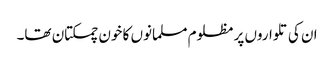
ان کی تلواروں پر مظلوم مسلمانوں کا خون چمکتان تھا۔